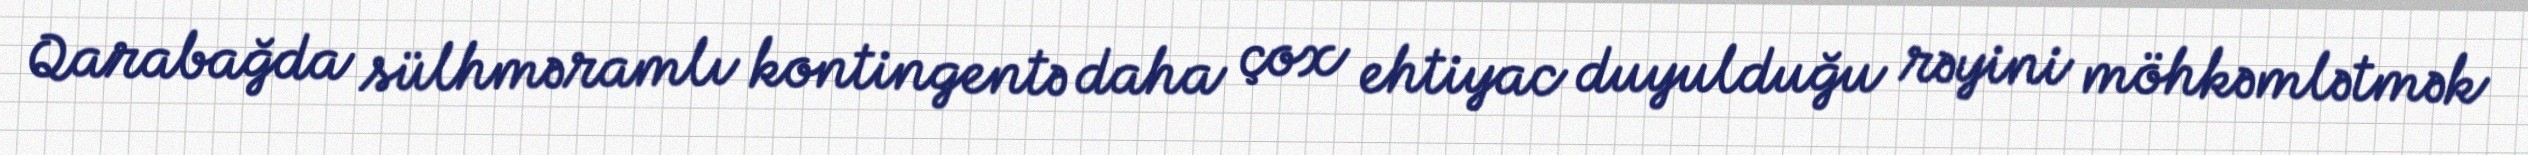
Qarabağda sülhməramlı kontingentə daha çox ehtiyac duyulduğu rəyini möhkəmlətmək